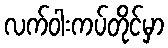
လက်ဝါးကပ်တိုင်မှာ